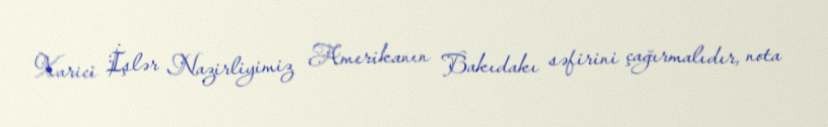
Xarici İşlər Nazirliyimiz Amerikanın Bakıdakı səfirini çağırmalıdır, nota